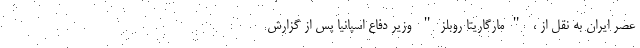
عصر ایران به نقل از ، "مارگاریتا روبلز" وزیر دفاع اسپانیا پس از گزارش